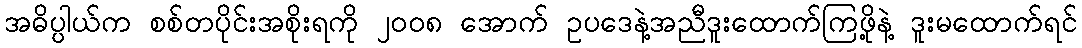
အဓိပ္ပါယ်က စစ်တပိုင်းအစိုးရကို ၂၀၀၈ အောက် ဥပဒေနဲ့အညီဒူးထောက်ကြဖို့နဲ့ ဒူးမထောက်ရင်